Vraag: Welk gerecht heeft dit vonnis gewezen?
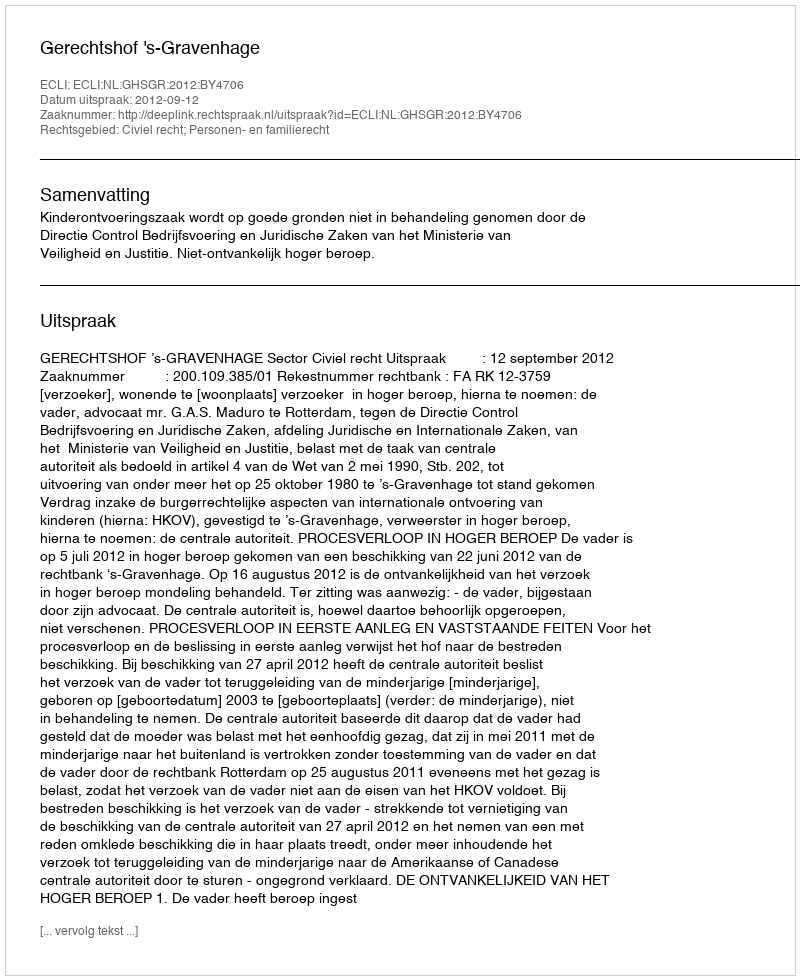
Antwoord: Gerechtshof 's-Gravenhage